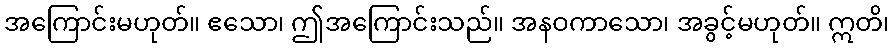
အကြောင်းမဟုတ်။ ဧသော၊ ဤအကြောင်းသည်။ အနဝကာသော၊ အခွင့်မဟုတ်။ ဣတိ၊